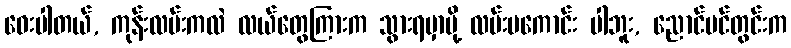
ဝေးပါတယ်, ကုန်းလမ်းကလဲ လယ်တွေကြားက သွားရမှာမို့ လမ်းမကောင်း ပါဘူး, ညောင်ပင်တွင်းက